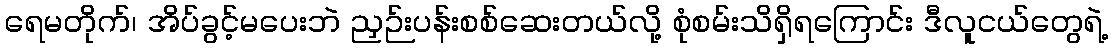
ရေမတိုက်၊ အိပ်ခွင့်မပေးဘဲ ညှဉ်းပန်းစစ်ဆေးတယ်လို့ စုံစမ်းသိရှိရကြောင်း ဒီလူငယ်တွေရဲ့